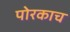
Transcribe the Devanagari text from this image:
पोरकाच